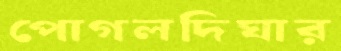
পোগলদিঘার